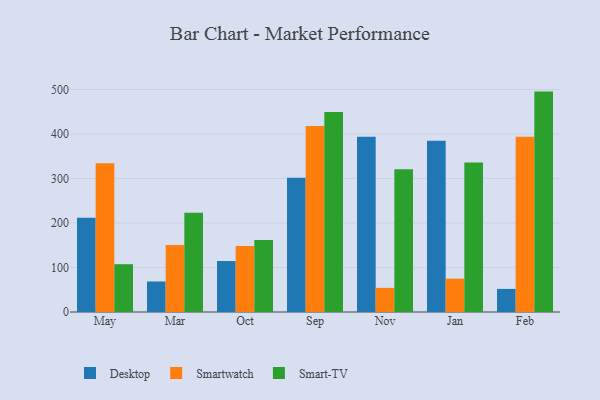
{"axis": {"x": "Month", "y": "Satisfaction Score"}, "legend": ["Desktop", "Smart-TV", "Smartwatch"], "data": [{"x": "May", "y": 211.9, "type": "Desktop"}, {"x": "May", "y": 334.3, "type": "Smartwatch"}, {"x": "May", "y": 107.4, "type": "Smart-TV"}, {"x": "Mar", "y": 68.6, "type": "Desktop"}, {"x": "Mar", "y": 150.7, "type": "Smartwatch"}, {"x": "Mar", "y": 222.9, "type": "Smart-TV"}, {"x": "Oct", "y": 114.5, "type": "Desktop"}, {"x": "Oct", "y": 148.2, "type": "Smartwatch"}, {"x": "Oct", "y": 162.0, "type": "Smart-TV"}, {"x": "Sep", "y": 301.7, "type": "Desktop"}, {"x": "Sep", "y": 417.8, "type": "Smartwatch"}, {"x": "Sep", "y": 449.2, "type": "Smart-TV"}, {"x": "Nov", "y": 394.1, "type": "Desktop"}, {"x": "Nov", "y": 54.2, "type": "Smartwatch"}, {"x": "Nov", "y": 320.9, "type": "Smart-TV"}, {"x": "Jan", "y": 384.9, "type": "Desktop"}, {"x": "Jan", "y": 74.9, "type": "Smartwatch"}, {"x": "Jan", "y": 336.1, "type": "Smart-TV"}, {"x": "Feb", "y": 51.9, "type": "Desktop"}, {"x": "Feb", "y": 393.7, "type": "Smartwatch"}, {"x": "Feb", "y": 495.3, "type": "Smart-TV"}]}